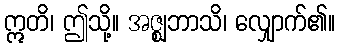
ဣတိ၊ ဤသို့။ အဇ္ဈဘာသိ၊ လျှောက်၏။